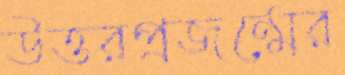
উত্তরপ্রজন্মের